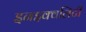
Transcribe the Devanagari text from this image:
इनइक्वलिटी